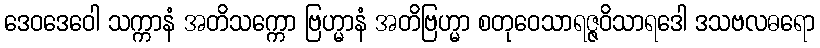
ဒေဝဒေဝေါ သက္ကာနံ အတိသက္ကော ဗြဟ္မာနံ အတိဗြဟ္မာ စတုဝေသာရဇ္ဇဝိသာရဒေါ ဒသဗလဓရော